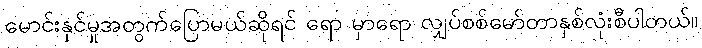
မောင်းနှင်မှုအတွက်ပြောမယ်ဆိုရင် ရော မှာရော လျှပ်စစ်မော်တာနှစ်လုံးစီပါတယ်။